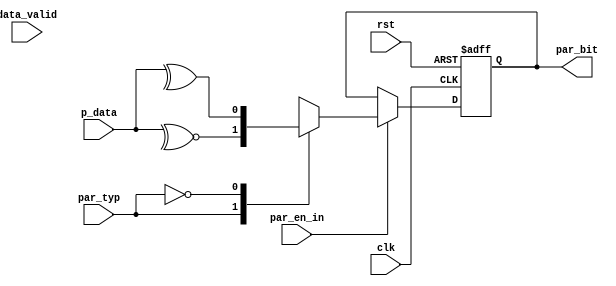
module PARITY_CALC_YART (
  input wire par_en_in ,
  input wire [7:0] p_data ,
  input wire data_valid ,
  input wire par_typ ,
  input clk , rst    ,
  output reg par_bit 
  );
  
  // internal signal
  reg  parity_calc ;
  always @(posedge clk or negedge rst)
  begin
    if (!rst)
      par_bit <= 'b0;
    else
        if (par_en_in)                           // note must be high for one clock cycle
           begin 
                 par_bit <= parity_calc ;
           end
  end
  
  always @(*)
  begin
       case(par_typ)
        1'b1:          begin        
                             parity_calc = ~^p_data ;
                       end
                       
                       
         1'b0:        begin                                       // REGISTER TO SAVE VALUE IF DATA_VALID = 0
                             parity_calc = ^p_data ;
                      end
                       
        endcase                     
  end
endmodule